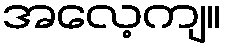
အလေ့ကျ။